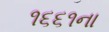
૧૬૬૧ના